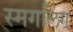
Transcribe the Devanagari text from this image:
स्मगलिंग